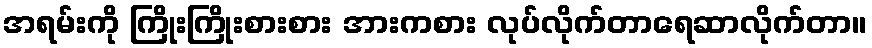
အရမ်းကို ကြိုးကြိုးစားစား အားကစား လုပ်လိုက်တာရေဆာလိုက်တာ။